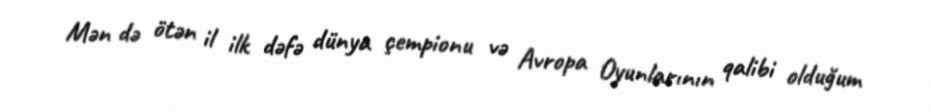
Mən də ötən il ilk dəfə dünya çempionu və Avropa Oyunlarının qalibi olduğum